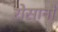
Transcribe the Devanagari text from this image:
रोसानो